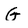
Character: G